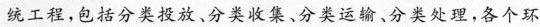
统工程，包括分类投放、分类收集、分类运输、分类处理，各个环